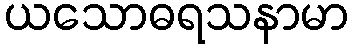
ယသောဓရသနာမာ